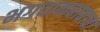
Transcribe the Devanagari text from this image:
भगवानबाबाचा